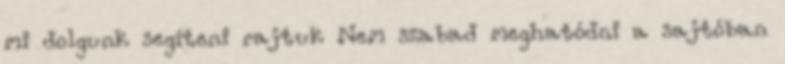
mi dolgunk segíteni rajtuk Nem szabad meghatódni a sajtóban